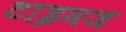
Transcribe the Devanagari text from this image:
टाइमज